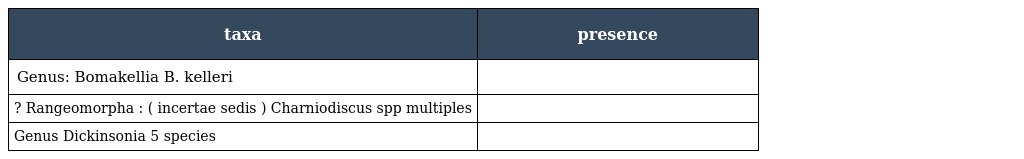
| taxa | presence |
 | --- | --- |
 | Genus: Bomakellia B. kelleri |  |
 | ? Rangeomorpha : ( incertae sedis ) Charniodiscus spp multiples |  |
 | Genus Dickinsonia 5 species |  |